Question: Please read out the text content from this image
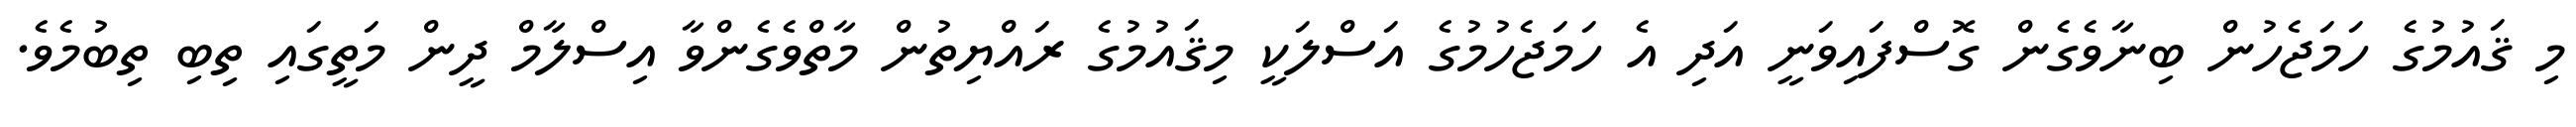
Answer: މި ޤައުމުގެ ހަމަޖެހުން ބިނާވެގެން ގޮސްފައިވަނީ އަދި އެ ހަމަޖެހުމުގެ އަސްލަކީ މިޤައުމުގެ ރައްޔިތުން މާތްވެގެންވާ އިސްލާމް ދީން މަތީގައި ތިބި ތިބުމެވެ.